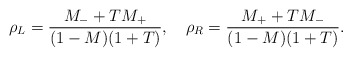
\begin{align*}\rho_L=\frac{M_-+TM_+}{(1-M)(1+T)},\quad\rho_R=\frac{M_++TM_-}{(1-M)(1+T)}.\end{align*}